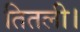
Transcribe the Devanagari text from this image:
तितली।